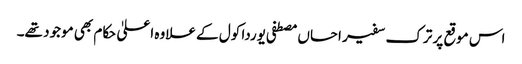
اس موقع پر ترک سفیر احساں مصطفی یوردا کول کے علاوہ اعلیٰ حکام بھی موجود تھے۔